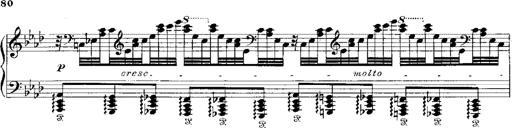
Title: Miserere du Trovatore
Composer: Franz Liszt